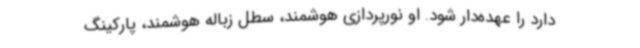
دارد را عهده‌دار شود. او نورپردازی هوشمند، سطل زباله هوشمند، پارکینگ